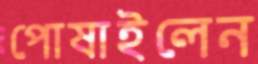
পোষাইলেন